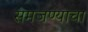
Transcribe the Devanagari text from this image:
समजण्याचा